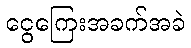
ငွေကြေးအခက်အခဲ